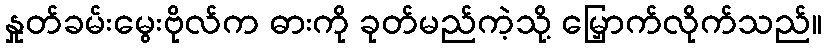
နှုတ်ခမ်းမွေးဗိုလ်က ဓားကို ခုတ်မည်ကဲ့သို့ မြှောက်လိုက်သည်။